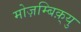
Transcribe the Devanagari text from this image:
मोज़म्बिक़्यु